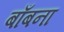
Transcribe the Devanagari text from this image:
बाँबना